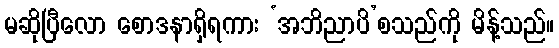
မဆိုပြီလော စောဒနာရှိရကား ‘အဘိညာပိ’စသည်ကို မိန့်သည်။